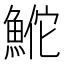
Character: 𬵕